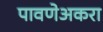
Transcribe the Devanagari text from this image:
पावणेअकरा